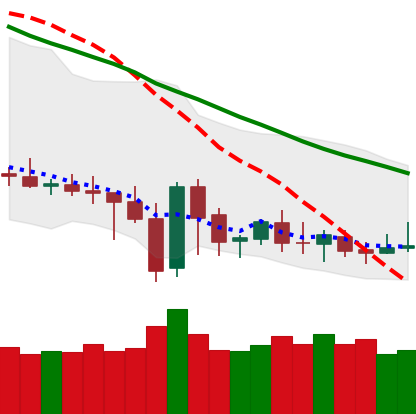
Ticker: DOGE-USD
Chart end date: 2019-12-29
Forward return: 3.723%
Label: up_3_5